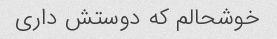
خوشحالم که دوستش داری